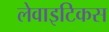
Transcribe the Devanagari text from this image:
लेवाइटिकस